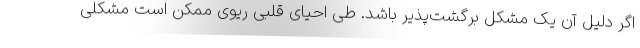
اگر دلیل آن یک مشکل برگشت‌پذیر باشد. طی احیای قلبی ریوی ممکن است مشکلی